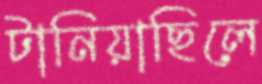
টানিয়াছিলে